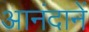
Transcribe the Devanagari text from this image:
आनंदानें